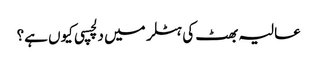
عالیہ بھٹ کی ہٹلر میں دلچسپی کیوں ہے؟